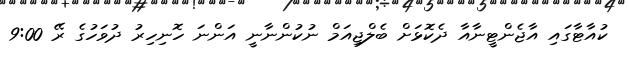
ކުއާޓާގައި އާޖެންޓީނާއާ ދެކޮޅަށް ބެލްޖިއަމް ނުކުންނާނީ އަންނަ ހޮނިހިރު ދުވަހުގެ ރޭ 9:00